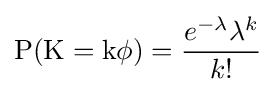
\operatorname {P(K=k\phi )} ={\frac {e^{-\lambda }\lambda ^{k}}{k!}}